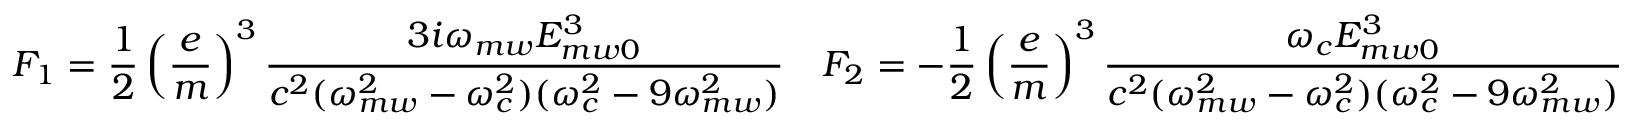
F _ { 1 } = \frac { 1 } { 2 } \left( \frac { e } { m } \right) ^ { 3 } \frac { 3 i \omega _ { m w } E _ { m w 0 } ^ { 3 } } { c ^ { 2 } ( \omega _ { m w } ^ { 2 } - \omega _ { c } ^ { 2 } ) ( \omega _ { c } ^ { 2 } - 9 \omega _ { m w } ^ { 2 } ) } \quad F _ { 2 } = - \frac { 1 } { 2 } \left( \frac { e } { m } \right) ^ { 3 } \frac { \omega _ { c } E _ { m w 0 } ^ { 3 } } { c ^ { 2 } ( \omega _ { m w } ^ { 2 } - \omega _ { c } ^ { 2 } ) ( \omega _ { c } ^ { 2 } - 9 \omega _ { m w } ^ { 2 } ) }